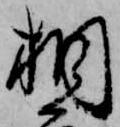
相